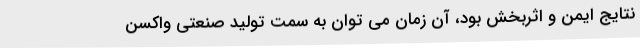
نتایج ایمن و اثربخش بود، ‌آن زمان می توان به سمت تولید صنعتی واکسن